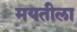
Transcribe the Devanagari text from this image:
मयतीला